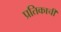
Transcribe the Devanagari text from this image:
प्रतिकाची